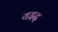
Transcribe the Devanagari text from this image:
यझ्द